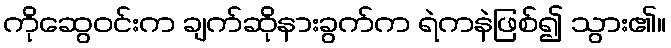
ကိုဆွေဝင်းက ချက်ဆိုနားခွက်က ရဲကနဲဖြစ်၍ သွား၏။